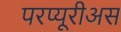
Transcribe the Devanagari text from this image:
परप्यूरीअस